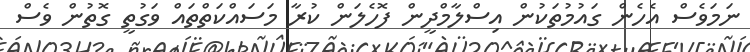
ނަމަވެސް އެހެން ގައުމުތަކުން އިސްލާމްދީން ފޮހެލަން ކުރާ މަސައްކަތްތައް ވަގުތީ ގޮތުން ވެސް